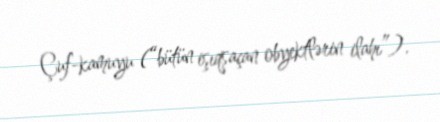
Çuf-kamuyu (“bütün işıqsaçan obyektlərin ilahı”).